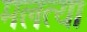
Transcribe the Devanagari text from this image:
मलत्या